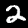
Label: 2